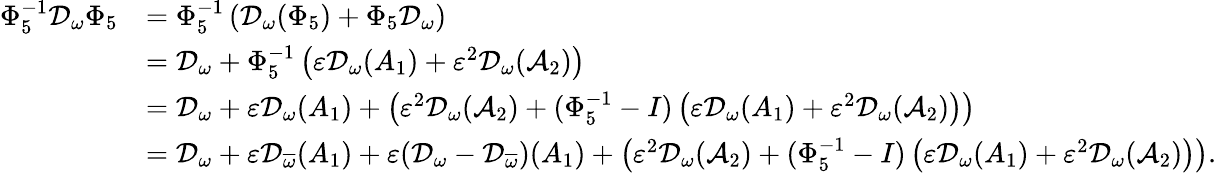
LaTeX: \begin{array}{rl}{\Phi_{5}^{-1}\mathcal{D}_{\omega}\Phi_{5}}&{=\Phi_{5}^{-1}\left(\mathcal{D}_{\omega}(\Phi_{5})+\Phi_{5}\mathcal{D}_{\omega}\right)}\\ &{=\mathcal{D}_{\omega}+\Phi_{5}^{-1}\left(\varepsilon\mathcal{D}_{\omega}(A_{1})+\varepsilon^{2}\mathcal{D}_{\omega}(\mathcal{A}_{2})\right)}\\ &{=\mathcal{D}_{\omega}+\varepsilon\mathcal{D}_{\omega}(A_{1})+\left(\varepsilon^{2}\mathcal{D}_{\omega}(\mathcal{A}_{2})+(\Phi_{5}^{-1}-I)\left(\varepsilon\mathcal{D}_{\omega}(A_{1})+\varepsilon^{2}\mathcal{D}_{\omega}(\mathcal{A}_{2})\right)\right)}\\ &{=\mathcal{D}_{\omega}+\varepsilon\mathcal{D}_{\overline{{\omega}}}(A_{1})+\varepsilon(\mathcal{D}_{\omega}-\mathcal{D}_{\overline{{\omega}}})(A_{1})+\left(\varepsilon^{2}\mathcal{D}_{\omega}(\mathcal{A}_{2})+(\Phi_{5}^{-1}-I)\left(\varepsilon\mathcal{D}_{\omega}(A_{1})+\varepsilon^{2}\mathcal{D}_{\omega}(\mathcal{A}_{2})\right)\right).}\end{array}